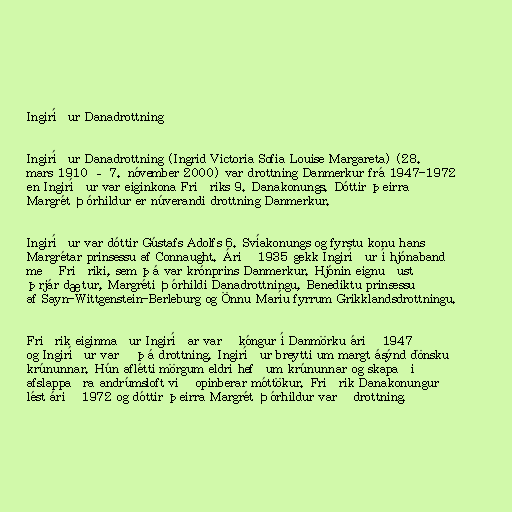
Ingiríður Danadrottning

Ingiríður Danadrottning (Ingrid Victoria Sofia Louise Margareta) (28.
mars 1910 – 7. nóvember 2000) var drottning Danmerkur frá 1947-1972
en Ingiríður var eiginkona Friðriks 9. Danakonungs. Dóttir þeirra
Margrét Þórhildur er núverandi drottning Danmerkur.

Ingiríður var dóttir Gústafs Adolfs 6. Svíakonungs og fyrstu konu hans
Margrétar prinsessu af Connaught. Árið 1935 gekk Ingiríður í hjónaband
með Friðriki, sem þá var krónprins Danmerkur. Hjónin eignuðust
þrjár dætur, Margréti Þórhildi Danadrottningu, Benediktu prinsessu
af Sayn-Wittgenstein-Berleburg og Önnu Maríu fyrrum Grikklandsdrottningu.

Friðrik eiginmaður Ingiríðar varð kóngur í Danmörku árið 1947
og Ingiríður varð þá drottning. Ingiríður breytti um margt ásýnd dönsku
krúnunnar. Hún aflétti mörgum eldri hefðum krúnunnar og skapaði
afslappaðra andrúmsloft við opinberar móttökur. Friðrik Danakonungur
lést árið 1972 og dóttir þeirra Margrét Þórhildur varð drottning.